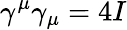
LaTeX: \gamma^{\mu}\gamma_{\mu}=4I